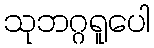
သုဘဂ္ဂရူပေါ